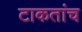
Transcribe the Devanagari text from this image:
टाकतांच